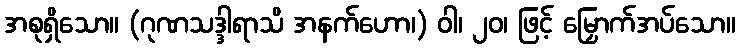
အစုရှိသော။ (ဂုဏသဒ္ဒါရာသိ အနက်ဟော၊) ဝါ၊ ၂၀၊ ဖြင့် မြှောက်အပ်သော။